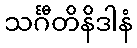
သင်္ဂီတိနိဒါနံ